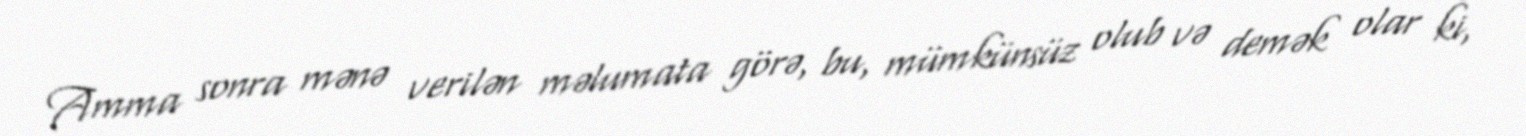
Amma sonra mənə verilən məlumata görə, bu, mümkünsüz olub və demək olar ki,